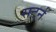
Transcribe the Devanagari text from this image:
सटर्न